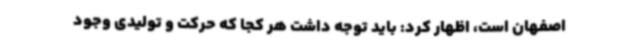
اصفهان است، اظهار کرد: باید توجه داشت هر کجا که حرکت و تولیدی وجود